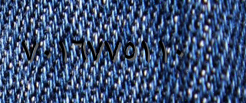
٧٠١٦٧٧٥١١٠